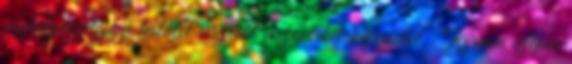
osztályvezetője a testület részéről viszont két képviselőt. Kérném szépen